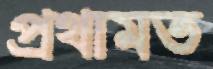
প্রথামত